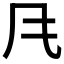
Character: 𲋄